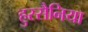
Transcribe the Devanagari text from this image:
हुस्सैनिया